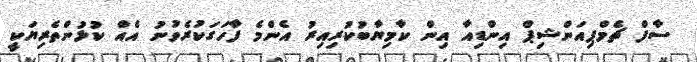
ސާފް ޗެމްޕިއަންޝިޕް އިންޑިއާ އިން ކާމިޔާބުކުރިއިރު އެންމެ ފާހަގަކުރެވުނު އެއް ކުޅުންތެރިޔަކީ